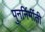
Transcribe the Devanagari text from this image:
पुनर्निर्मीती